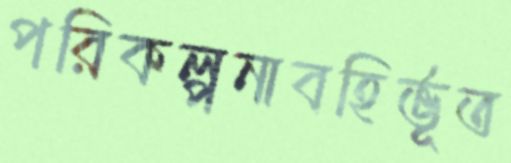
পরিকল্পনাবহির্ভূত